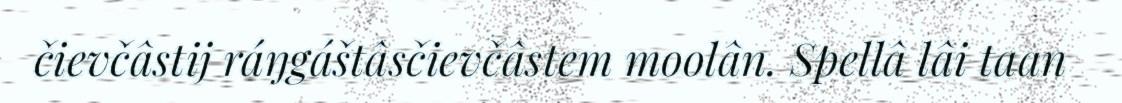
čievčâstij ráŋgáštâsčievčâstem moolân. Spellâ lâi taan